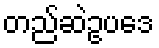
တည်ဆဲဥပဒေ